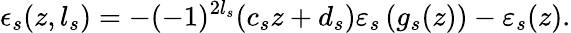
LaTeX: \epsilon_{s}(z,l_{s})=-(-1)^{2l_{s}}(c_{s}z+d_{s})\varepsilon_{s}\left(g_{s}(z)\right)-\varepsilon_{s}(z).